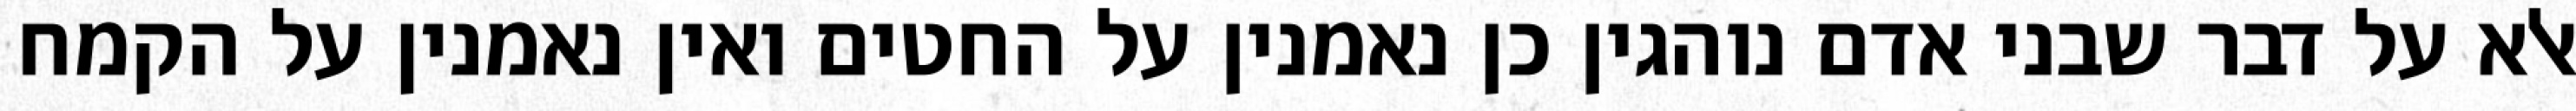
אלא על דבר שבני אדם נוהגין כן נאמנין על החטים ואין נאמנין על הקמח